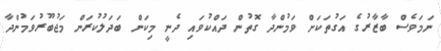
ނަމަވެސް ބާޒާރުގެ އަގުތަކަށް ވަމުންދާ ގޮތުން ދައްކުވައި ދެނީ މިކަން ބަދަލުކުރަން މަޖުބޫރުވަމުންދާ